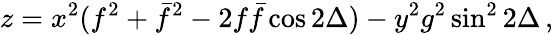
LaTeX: z=x^{2}(f^{2}+\bar{f}^{2}-2f\bar{f}\cos 2\Delta)-y^{2}g^{2}\sin^{2}2\Delta\, ,